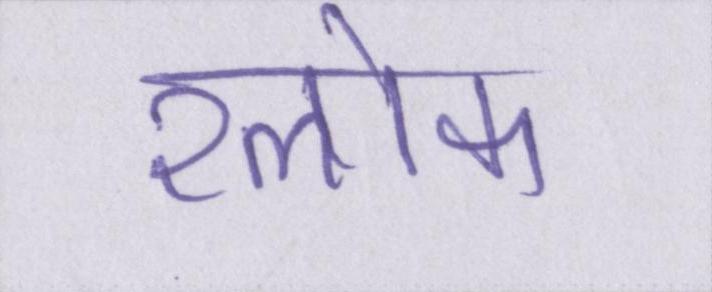
श्लोक